Report on horse surra - Volume I
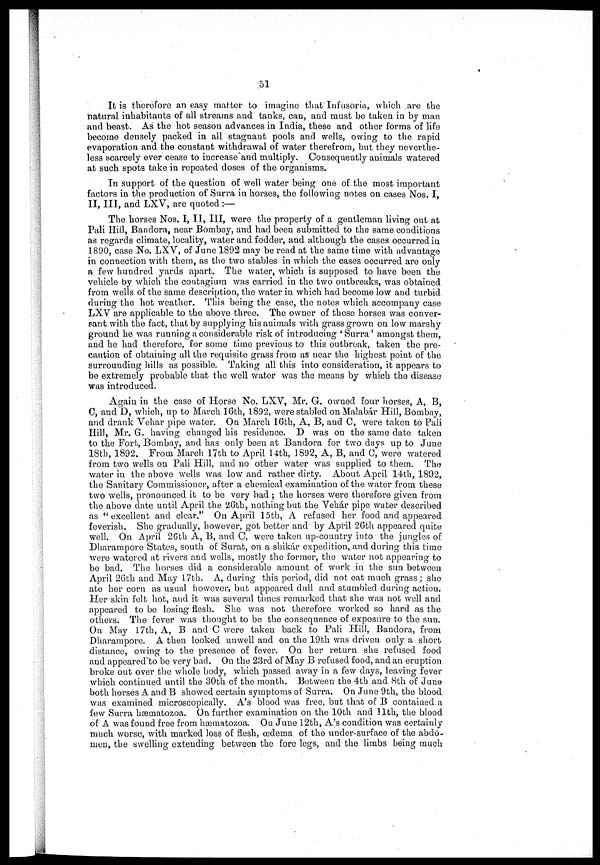
51
It is therefore an easy matter to imagine that Infusoria, which are the
natural inhabitants of all streams and tanks, can, and must be taken in by man
and beast. As the hot season advances in India, these and other forms of life
become densely packed in all stagnant pools and wells, owing to the rapid
evaporation and the constant withdrawal of water therefrom, but they neverthe-
less scarcely ever cease to increase and multiply. Consequently animals watered
at such spots take in repeated doses of the organisms.
In support of the question of well water being one of the most important
factors in the production of Surra in horses, the following notes on cases Nos. I,
II, III, and LXV, are quoted :—
The horses Nos. I, II, III, were the property of a gentleman living out at
Pali Hill, Bandora, near Bombay, and had been submitted to the same conditions
as regards climate, locality, water and fodder, and although the cases occurred in
1890, case No. LXV, of June 1892 may be read at the same time with advantage
in connection with them, as the two stables in which the cases occurred are only
a few hundred yards apart. The water, which is supposed to have been the
vehicle by which the contagium was carried in the two outbreaks, was obtained
from wells of the same description, the water in which had become low and turbid
during the hot weather. This being the case, the notes which accompany case
LXV are applicable to the above three. The owner of these horses was conver-
sant with the fact, that by supplying his animals with grass grown on low marshy
ground he was running a considerable risk of introducing 'Surra' amongst them,
and he had therefore, for some time previous to this outbreak, taken the pre-
caution of obtaining all the requisite grass from as near the highest point of the
surrounding hills as possible. Taking all this into consideration, it appears to
be extremely probable that the well water was the means by which the disease
was introduced.
Again in the case of Horse No. LXV, Mr. G. owned four horses, A, B,
C, and D, which, up to March 16th, 1892, were stabled on Malabar Hill, Bombay,
and drank Vehar pipe water. On March 16th, A, B, and C, were taken to Pali
Hill, Mr. G. having changed his residence. D was on the same date taken
to the Fort, Bombay, and has only been at Bandora for two days up to June
18th, 1892. From March 17th to April 14th, 1892, A, B., and C, were watered
from two wells on Pali Hill, and no other water was supplied to them. The
water in the above wells was low and rather dirty. About April 14th, 1892,
the Sanitary Commissioner, after a chemical examination of the water from these
two wells, pronounced it to be very bad ; the horses were therefore given from
the above date until April the 26th, nothing but the Vehár pipe water described
as "excellent and clear." On April 15th, A refused her food and appeared
feverish. She gradually, however, got better and by April 26th appeared quite
well. On April 2Gth A, B, and 0, were taken up-country into the jungles of
Dharampore States, south of Surat, on a shikar expedition, and during this time
were watered at rivers and wells, mostly the former, the water not appearing to
be bad. The horses did a considerable amount of work in the sun between
April 26th and May 17th. A, during this period, did not eat much grass; she
ate her corn as usual however, but appeared dull and stumbled during action.
Her skin felt hot, and it was several times remarked that she was not well and
appeared to be losing flesh. She was not therefore worked so hard as the
others. The fever was thought to be the consequence of exposure to the sun.
On May 17th, A, B and C were taken back to Pali Hill, Bandora, from
Dharampore. A then looked unwell and on the 19th was driven only a short
distance, owing to the presence of fever. On her return she refused food
and appeared to be very bad. On the 23rd of May B refused food, and an eruption
broke out over the whole body, which passed away in a few days, leaving fever
which continued until the 30th of the month. Between the 4th and 8th of June
both horses A and B showed certain symptoms of Surra. On June 9th, the blood
was examined microscopically. A's blood was free, but that of B contained a
few Surra hæmatozoa. On further examination on the 10th and 11th, the blood
of A was found free from hæmatozoa. On June 12th, A's condition was certainly
much worse, with marked loss of flesh, oedema of the under-surface of the abdo-
men, the swelling extending between the fore legs, and the limbs being much